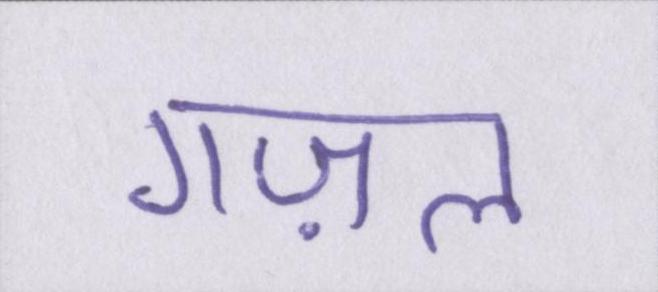
गज़ल